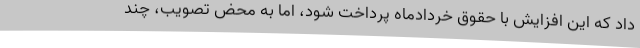
داد که این افزایش با حقوق خردادماه پرداخت شود، اما به محض تصویب، چند